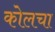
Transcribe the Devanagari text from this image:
कोलचा